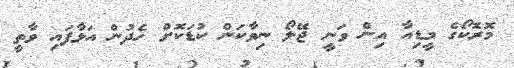
މޮރޮކޯގެ މީޑިއާ އިން ވަނީ ޖޭލޯ ނިވާކަން ކުޑަކޮށް ހެދުން އަޅާފައި ވާތީ